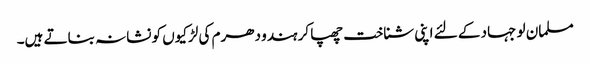
مسلمان لو جہاد کے لئے اپنی شناخت چھپا کر ہندو دھرم کی لڑکیوں کو نشانہ بناتے ہیں۔